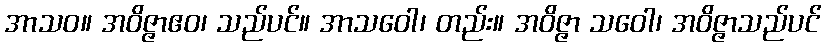
အာသဝ။ အဝိဇ္ဇာဧဝ၊ သည်ပင်။ အာသဝေါ၊ တည်း။ အဝိဇ္ဇာ သဝေါ၊ အဝိဇ္ဇာသည်ပင်